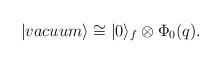
LaTeX: \begin{align*}|vacuum\rangle \cong |0\rangle_f \otimes \Phi_0(q).\end{align*}